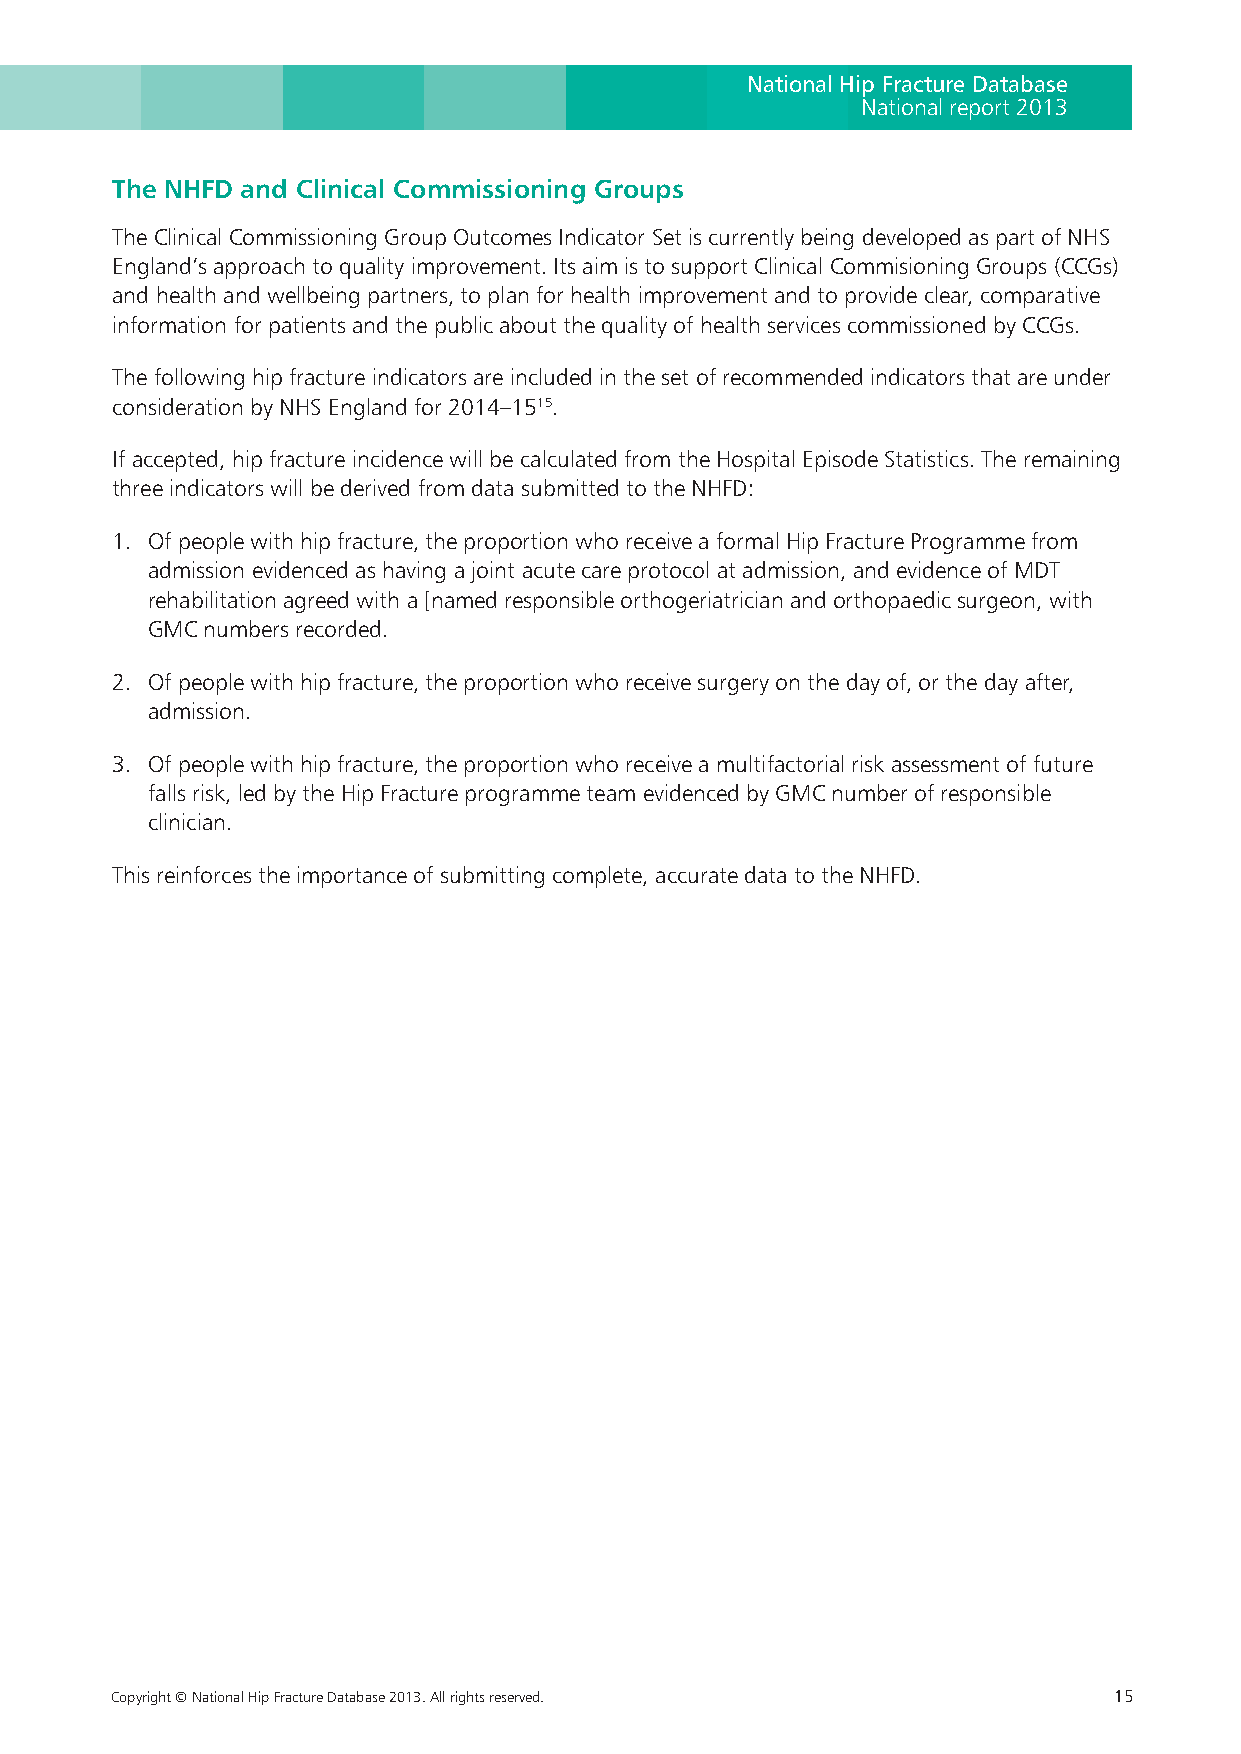
National Hip Fracture Database
 National report 2013
 The NHFD and Clinical Commissioning Groups
 The Clinical Commissioning Group Outcomes Indicator Set is currently being developed as part of NHS
 England’s approach to quality improvement. Its aim is to support Clinical Commisioning Groups (CCGs)
 and health and wellbeing partners, to plan for health improvement and to provide clear, comparative
 information for patients and the public about the quality of health services commissioned by CCGs.
 The following hip fracture indicators are included in the set of recommended indicators that are under
 consideration by NHS England for 2014–1515.
 If accepted, hip fracture incidence will be calculated from the Hospital Episode Statistics. The remaining
 three indicators will be derived from data submitted to the NHFD:
 1. Of people with hip fracture, the proportion who receive a formal Hip Fracture Programme from
 admission evidenced as having a joint acute care protocol at admission, and evidence of MDT
 rehabilitation agreed with a [named responsible orthogeriatrician and orthopaedic surgeon, with
 GMC numbers recorded.
 2. Of people with hip fracture, the proportion who receive surgery on the day of, or the day after,
 admission.
 3. Of people with hip fracture, the proportion who receive a multifactorial risk assessment of future
 falls risk, led by the Hip Fracture programme team evidenced by GMC number of responsible
 clinician.
 This reinforces the importance of submitting complete, accurate data to the NHFD.
 Copyright © National Hip Fracture Database 2013. All rights reserved. 15